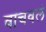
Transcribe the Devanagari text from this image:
वांचवलं